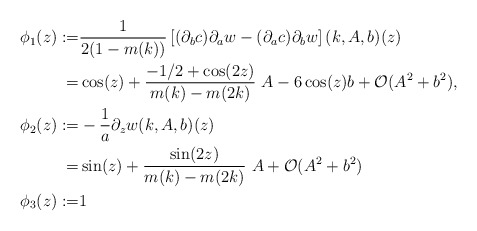
\begin{align*}\phi_1(z):=&\frac{1}{2(1-m(k))}\left[(\partial_b c)\partial_a w-(\partial_a c)\partial_b w\right](k,A,b)(z)\\=&\cos(z)+\frac{-1/2+\cos(2z)}{m(k)-m(2k)}~A-6\cos(z)b+\mathcal{O}(A^2+b^2),\\\phi_2(z):=&-\frac{1}{a}\partial_zw(k,A,b)(z)\\=&\sin(z)+\frac{\sin(2z)}{m(k)-m(2k)}~A+\mathcal{O}(A^2+b^2)\\\phi_3(z):=&1\end{align*}